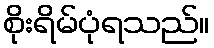
စိုးရိမ်ပုံရသည်။